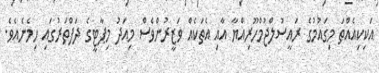
އަކިކިިއެއްތަ މިގައުމުގެ ރައީސުލްޖުމްހޫރިއްޔާ އާއި އެތަކެއް ވަޒީރުންވެސް މިއަދު މިޕާޓީގެ ދަފްތަރުގައި ހިމެނެއެވެ.